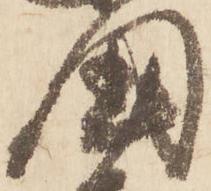
国